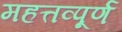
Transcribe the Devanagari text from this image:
महत्तव्पूर्ण